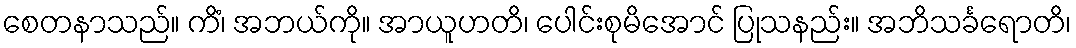
စေတနာသည်။ ကိံ၊ အဘယ်ကို။ အာယူဟတိ၊ ပေါင်းစုမိအောင် ပြုသနည်း။ အဘိသင်္ခရောတိ၊